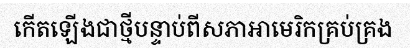
កើតឡើងជាថ្មីបន្ទាប់ពីសភាអាមេរិកគ្រប់គ្រង